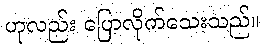
ဟုလည်း ပြောလိုက်သေးသည်။